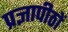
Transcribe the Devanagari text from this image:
प्रज्ञापीठों